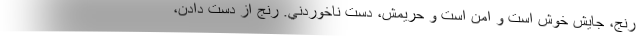
رنج، جايش خوش است و امن است و حريمش، دست ناخوردني. رنج از دست دادن،